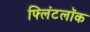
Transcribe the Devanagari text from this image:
फ्लिंटलॉक